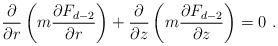
LaTeX: \begin{align*}\frac{\partial}{\partial r} \left( m \frac{\partial F_{d-2}}{\partial r} \right)+ \frac{\partial}{\partial z} \left( m \frac{\partial F_{d-2}}{\partial z} \right)= 0 \ .\end{align*}